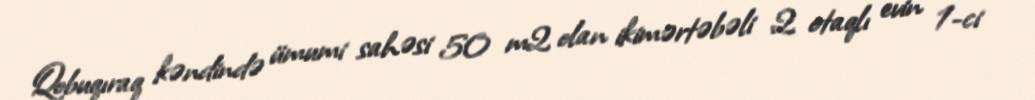
Qobuqıraq kəndində ümumi sahəsi 50 m2 olan ikimərtəbəli 2 otaqlı evin 1-ci